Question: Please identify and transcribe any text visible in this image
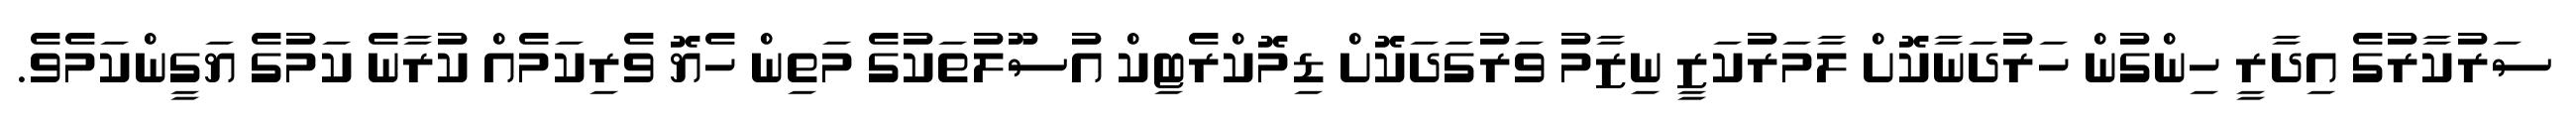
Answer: ސަރުކާރުގެ އިދާރީ ހިންގުން ހަރުދަނާކޮށް ލާމަރުކަޒީ ނިޒާމު ވަރުގަދަކޮށް ޑިމޮކްރެޓިކް އުސޫލުތަކުގެ މަތިން ހެޔޮ ވެރިކަމެއް ކުރާނެ ކަމުގެ ޔަގީންކަމެވެ.